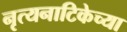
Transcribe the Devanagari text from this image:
नृत्यनाटिकेच्या